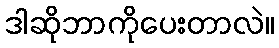
ဒါဆိုဘာကိုပေးတာလဲ။